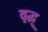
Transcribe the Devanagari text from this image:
वृद्ध्